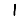
Digit: 1